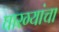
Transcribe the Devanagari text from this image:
घारग्यांचा